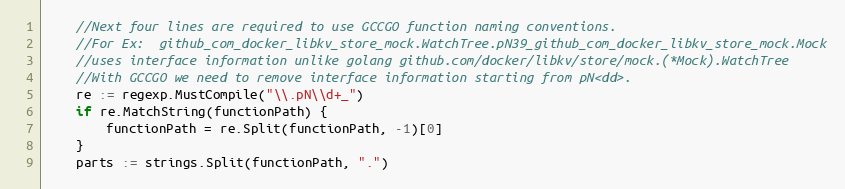
Language: Go
	//Next four lines are required to use GCCGO function naming conventions.
	//For Ex:  github_com_docker_libkv_store_mock.WatchTree.pN39_github_com_docker_libkv_store_mock.Mock
	//uses interface information unlike golang github.com/docker/libkv/store/mock.(*Mock).WatchTree
	//With GCCGO we need to remove interface information starting from pN<dd>.
	re := regexp.MustCompile("\\.pN\\d+_")
	if re.MatchString(functionPath) {
		functionPath = re.Split(functionPath, -1)[0]
	}
	parts := strings.Split(functionPath, ".")